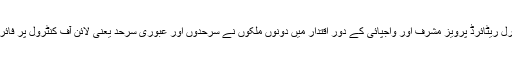
پاکستان کے ساببق فوجی صدر جنرل ریٹائرڈ پرویز مشرف اور واجپائی کے دور اقتدار میں دونوں ملکوں نے سرحدوں اور عبوری سرحد یعنی لائن آف کنٹرول پر فائربندی کا معاہدہ 2003 میں ہوا تھا۔